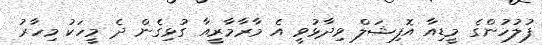
ފުލުހުންގެ މީޑިއާ އޮފިޝަލް ވިދާޅުވީ އެ މާރާމާރީއާ ގުޅިގެން ދެ މީހަކު މިހާރު